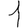
Digit: 1